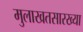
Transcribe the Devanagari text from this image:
मुलाखतसारख्या